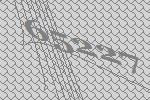
65227